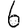
Digit: 6